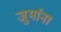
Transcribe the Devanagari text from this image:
जु्र्माना